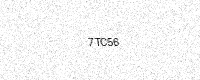
Text: 7TC56